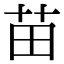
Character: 苗